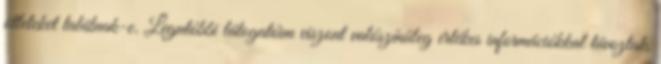
ötleteket találnak-e. Legutóbbi látogatóim viszont valószínűleg értékes információkkal távoztak,